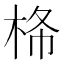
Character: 𰗠